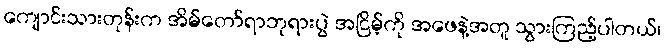
ကျောင်းသားတုန်းက အိမ်တော်ရာဘုရားပွဲ အငြိမ့်ကို အဖေနဲ့အတူ သွားကြည့်ပါတယ်၊